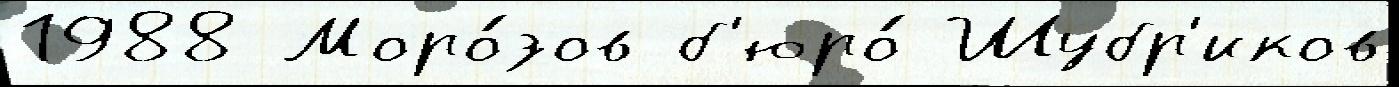
1988 Моро́зов б'юро́ Шубр'иков